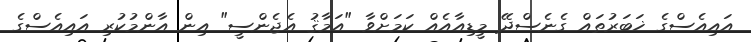
އައިއެސްގެ ޚަބަރުތައް ގެނެސްދޭ މީޑިއާއެއް ކަމަށްވާ "އަމާޤު އެޖެންސީ" އިން އާންމުކުރި އައިއެސްގެ